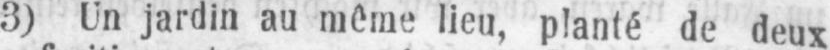
3) Un jardin au même lieu, planté de deux